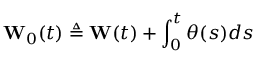
\mathbf { W } _ { 0 } ( t ) \triangleq \mathbf { W } ( t ) + \int _ { 0 } ^ { t } \theta ( s ) d s